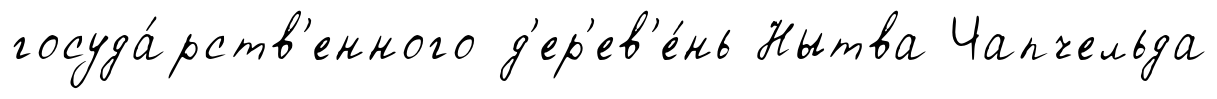
госуда́рств'енного д'ер'ев'е́нь Нытва Чапчельда